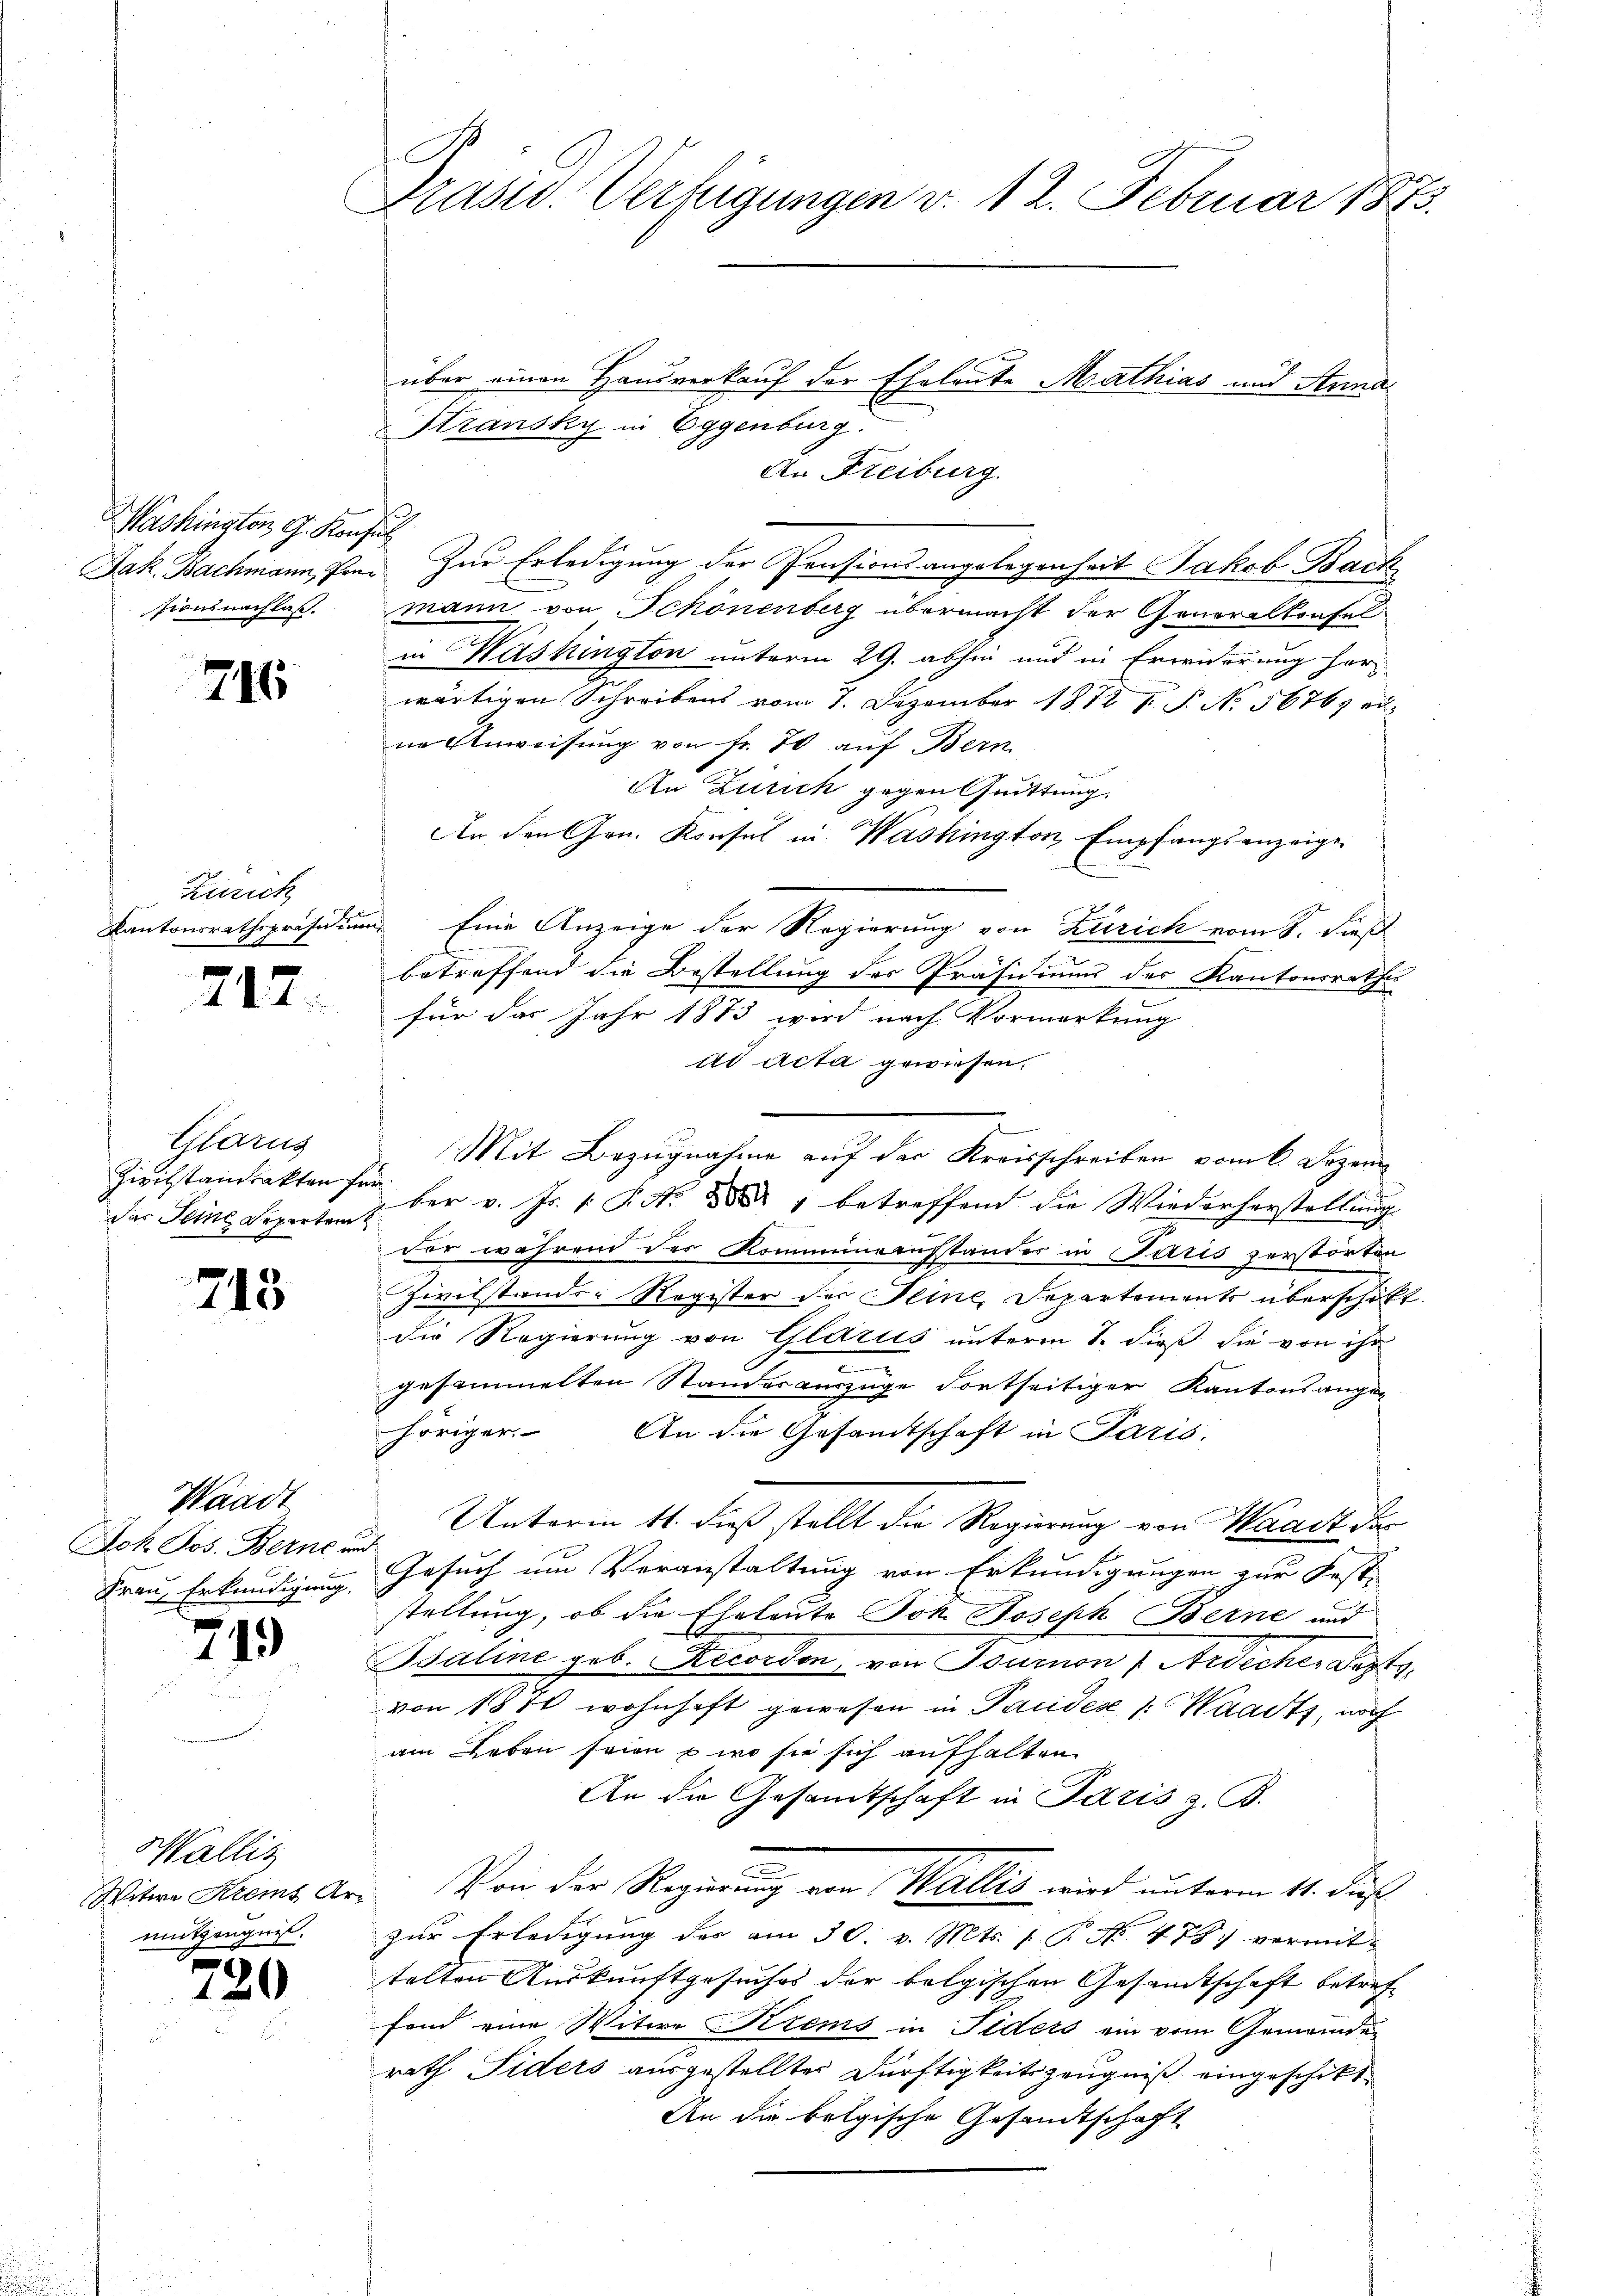
Washington G. Konsul
sionsnachlaß.

7

746

Zusich
Kantonsrathspräse um

217.

Geung
Zivilstandsakten für
das Seine Reperten

Waadt
Joh. Jos. Berne in
Frau, Erkundigung.

713.

1

Wallis
Witwe Krems Armitzeugnis.

720

Präsid. Verfügungen d. 12. Februar 1873.

über einen Hausverkauf der Eheleute Mathias und Anna
Stransky in Eggenburg.
An Freiburg.
Jak. Bachmann, Im. Zur Erledigung der Pensionsangelegenheit Jakob Back
mann von Schönenberg übermacht der Generalkonsel
in Washington unterm 29. abhin und in Erwiderung her-
wärtigen Schreibens vom 1. Dezember 1872 P. P. No 56763 erne Anweisung von fr. 70 auf Bern
An Zürich gegen Quittung.
An den Hrn. Konsul in Washington Empfangsanzeige
e Eine Anzeige der Regierung von Zürich vom 8. dieß
betreffend die Bestellung der Präsidiums des Kantonsrathe
für das Jahr 1873 wird nach Vormerkung
ad Acta gewiesen.
2
Mit Bezugnahme auf der Kreisschreiben vom 6. Dezem
ber v. Js. 1. P. Nr. 1881 betreffend die Wiederherstellung
der während des Kommineustandes in Paris zerstörten
Zivilstands-Register der Seine, Departements überschikt.
die Regierung von Glarus unterm 8. dieß die von ihr
.
gesammelten Standesauszüge dortseitiger Kantonsange-
höriger. An die Gesandtschaft in Paris.
Unterm 14. dieß stellt die Regierung von Waadt der
Gesuch um Veranstaltung von Erkundigungen zur Fest-
stellung, ob die Eheleute Joh. Joseph Berne und
Baline geb. Recorden von Journon) Ardicher Bapts,
von 1871 wohnhaft gewesen in Pandes Waadt, noch
am Leben seien & wo sie sich aufhalten
An die Gesamtschaft in Paris z. B.
 Von der Regierung von Walles wird unterm 4. Fuß
zur Erledigung des am 30. v. Mts. 1. P. No. 478 vermittelten Auskunftgesuches der belgischen Gesandtschaft betref
fond eine Witwe Krems in Fiders ein vom Gemeinder
rath Fiders ausgestellter Dürftigkeitszeugniß eingeschikt
An die belgische Gesandtschaft